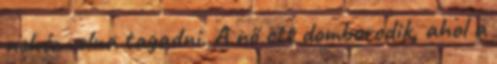
nehéz volna tagadni. A nő ott domborodik, ahol a